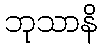
ဘုသာနိ